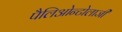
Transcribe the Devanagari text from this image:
पैलिओन्टोलाजी